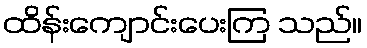
ထိန်းကျောင်းပေးကြ သည်။